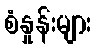
စံနှုန်းများ